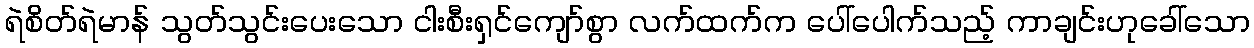
ရဲစိတ်ရဲမာန် သွတ်သွင်းပေးသော ငါးစီးရှင်ကျော်စွာ လက်ထက်က ပေါ်ပေါက်သည့် ကာချင်းဟုခေါ်သော